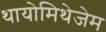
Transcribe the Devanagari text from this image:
थायोमिथेजेम